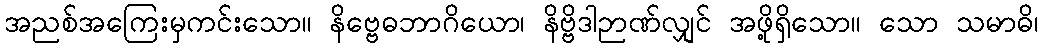
အညစ်အကြေးမှကင်းသော။ နိဗ္ဗေဓဘာဂိယော၊ နိဗ္ဗိဒါဉာဏ်လျှင် အဖို့ရှိသော။ သော သမာဓိ၊